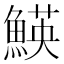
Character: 𩹅